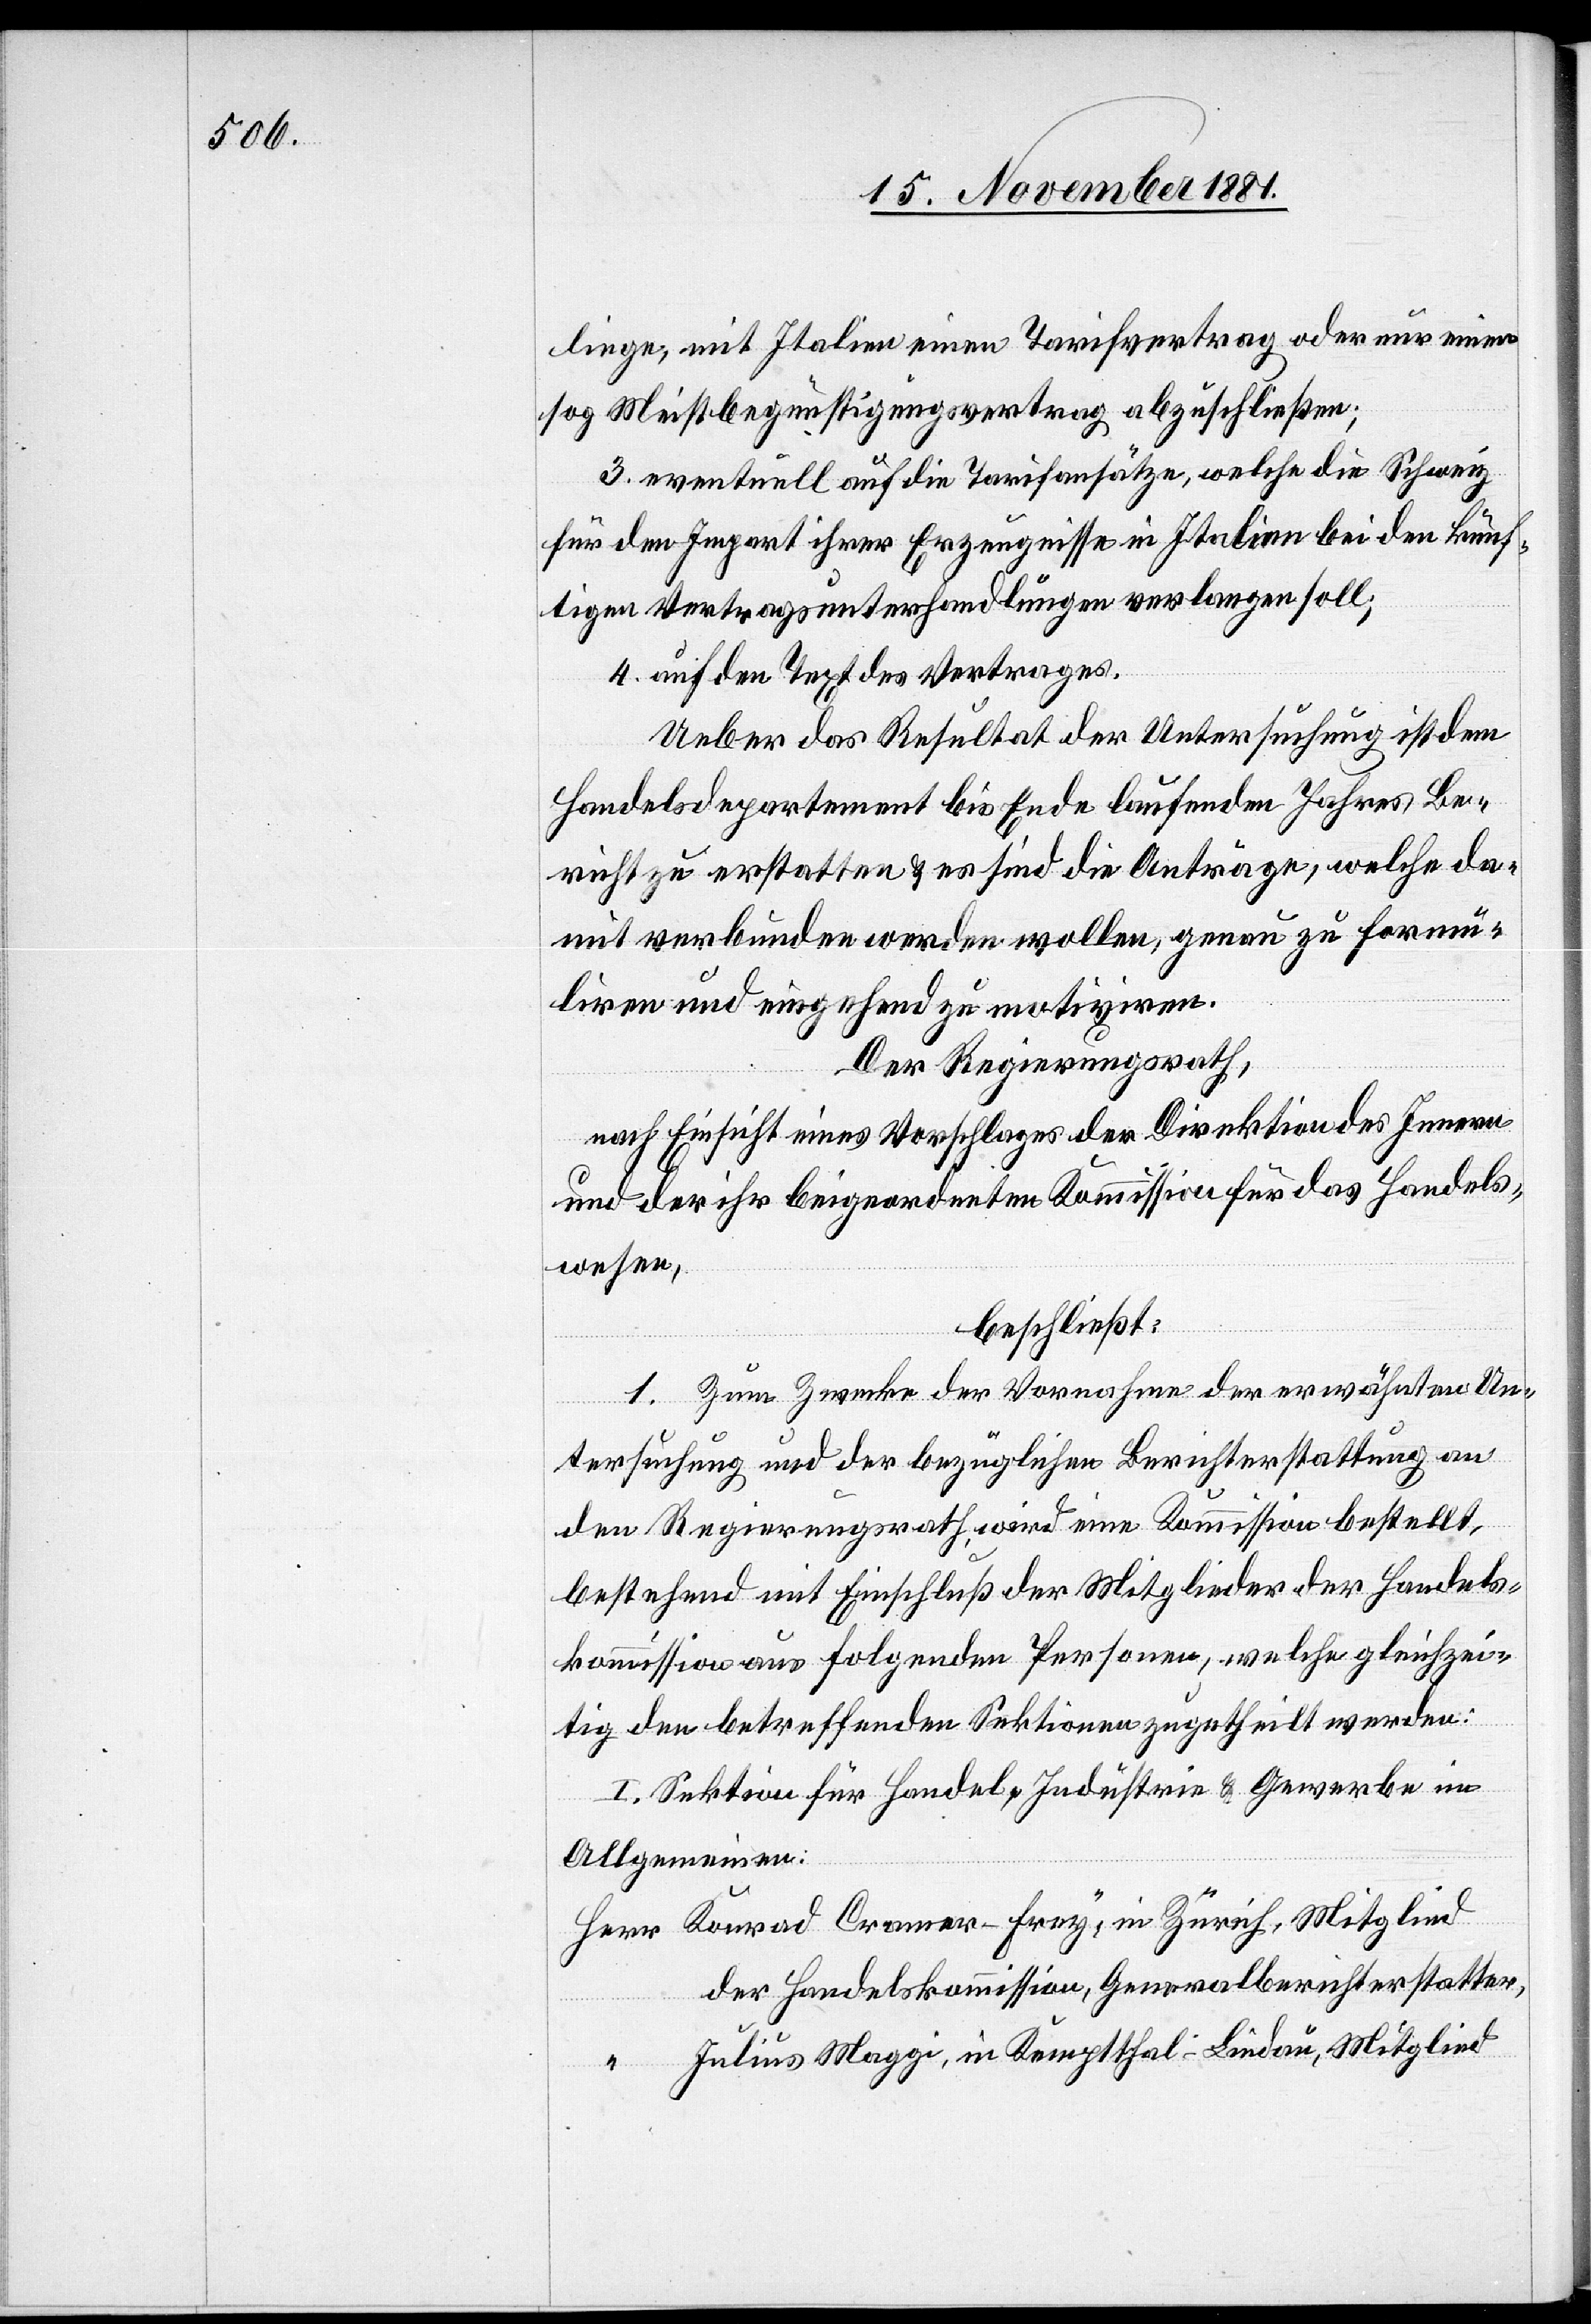
liege, mit Italien einen Tarifvertrag oder nur einen
sog[.] Meistbegünstigungsvertrag abzuschließen;
3. eventuell auf die Tarifansätze, welche die Schweiz
für den Import ihrer Erzeugnisse in Italien bei den künf¬
tigen Vertragsunterhandlungen verlangen soll;
4. auf den Text des Vertrages.
Ueber das Resultat der Untersuchung ist dem
Handelsdepartement bis Ende laufenden Jahres Be¬
richt zu erstatten & es sind die Anträge, welche da¬
mit verbunden werden wollen, genau zu formu¬
lieren und eingehend zu motiviren.
Der Regierungsrath,
nach Einsicht eines Vorschlages der Direktion des Innern
und der ihr beigeordneten Kommission für das Handels¬
wesen,
beschließt:
1. Zum Zwecke der Vornahme der erwähnten Un¬
tersuchung und der bezüglichen Berichterstattung an
den Regierungsrath wird eine Kommission bestellt,
bestehend mit Einschluß der Mitglieder der Handels¬
kommission aus folgenden Personen, welche gleichzei¬
tig den betreffenden Sektionen zugetheilt werden:
I. Sektion für Handel, Industrie & Gewerbe im
Allgemeinen:
Herr Konrad Cramer-Frey, in Zürich, Mitglied
der Handelskommission, Generalberichterstatter,
Julius Maggi, in Kemptthal-Lindau, Mitglied